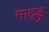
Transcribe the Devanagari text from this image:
माद्ड्र्